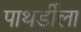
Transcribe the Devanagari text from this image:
पाथर्डीला